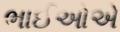
ભાઈઓએ